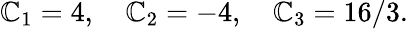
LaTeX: \mathbb{C}_{1}=4,\quad\mathbb{C}_{2}=-4,\quad\mathbb{C}_{3}={16}/{3}.